Annual report on the working of the mental hospitals in the Madras Presidency - 1912-1932
Year: 1912
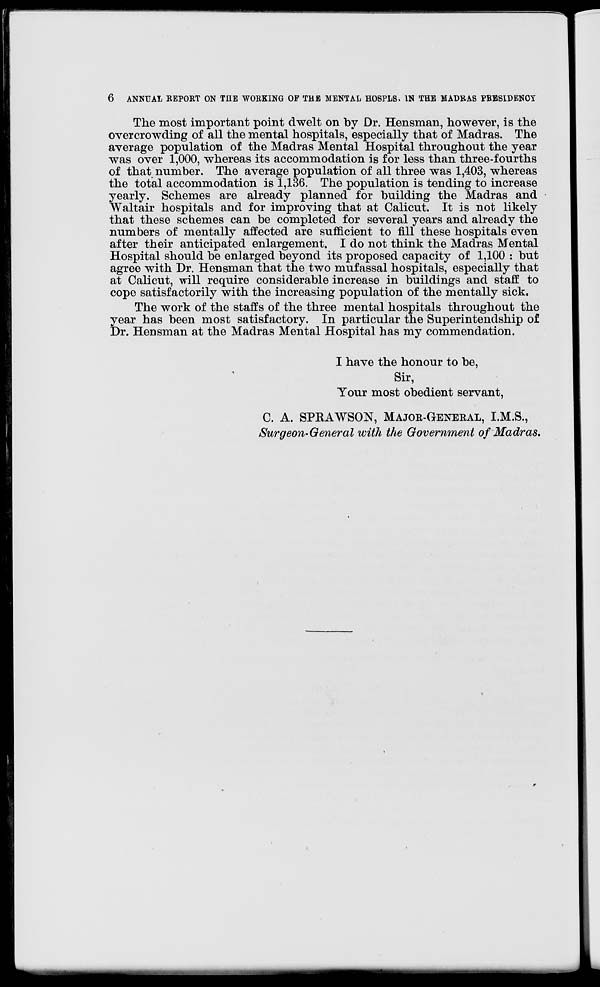
6
ANNUAL REPORT ON THE WORKING OF THE MENTAL HOSPLS. IN THE MADRAS PRESIDENCY
The most important point dwelt on by Dr. Hensman, however, is the
overcrowding of all the mental hospitals, especially that of Madras. The
average population of the Madras Mental Hospital throughout the year
was over 1,000, whereas its accommodation is for less than three-fourths
of that number. The average population of all three was 1,403, whereas
the total accommodation is 1,136. The population is tending to increase
yearly. Schemes are already planned for building the Madras and
Waltair hospitals and for improving that at Calicut. It is not likely
that these schemes can be completed for several years and already the
numbers of mentally affected are sufficient to fill these hospitals even
after their anticipated enlargement. I do not think the Madras Mental
Hospital should be enlarged beyond its proposed capacity of 1,100 : but
agree with Dr. Hensman that the two mufassal hospitals, especially that
at Calicut, will require considerable increase in buildings and staff to
cope satisfactorily with the increasing population of the mentally sick.
The work of the staffs of the three mental hospitals throughout the
year has been most satisfactory. In particular the Superintendship of
Dr. Hensman at the Madras Mental Hospital has my commendation.
I have the honour to be,
Sir,
Your most obedient servant,
C. A. SPRAWSON, MAJOR-GENERAL, I.M.S.,
Surgeon-General with the Government of Madras.